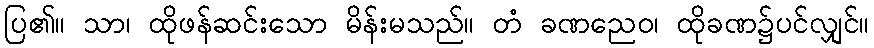
ပြ၏။ သာ၊ ထိုဖန်ဆင်းသော မိန်းမသည်။ တံ ခဏညေဝ၊ ထိုခဏ၌ပင်လျှင်။